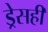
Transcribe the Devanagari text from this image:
ड्रेसही